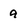
Character: 9